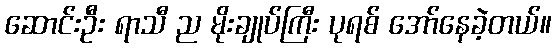
ဆောင်းဦး ရာသီ ည မိုးချုပ်ကြီး ပုရစ် အော်နေခဲ့တယ်။